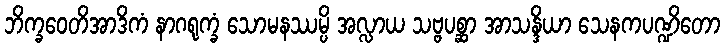
ဘိက္ခဝေတိအာဒိကံ နာဂရုက္ခံ သောမနဿမ္ပိ အလ္လာယ သဗ္ဗပစ္ဆာ အာသန္ဒိယာ သေနကပဏ္ဍိတော